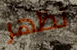
تظهر